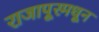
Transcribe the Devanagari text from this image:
राजापूरमधून